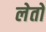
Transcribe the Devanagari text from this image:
लेतो